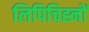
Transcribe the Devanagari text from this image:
लिपिचिह्नों